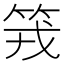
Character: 𥬪